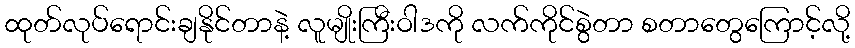
ထုတ်လုပ်ရောင်းချနိုင်တာနဲ့ လူမျိုးကြီးဝါဒကို လက်ကိုင်စွဲတာ စတာတွေကြောင့်လို့